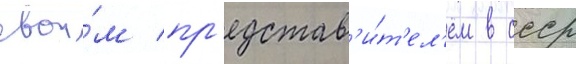
свои́м пр'едстав'и́т'ел'ем в ссср